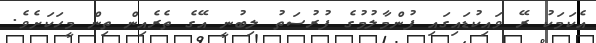
އެކަމަކު ރޭ ވައިކުޑައިގައި ފުންމާލުމުގެ ފުރުސަތު ލިބުނީ އޭގެ ތެރެއިން ތިން މީހަކަށެވެ.